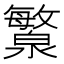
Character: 瀪